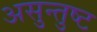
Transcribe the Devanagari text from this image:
असुन्तुष्ट